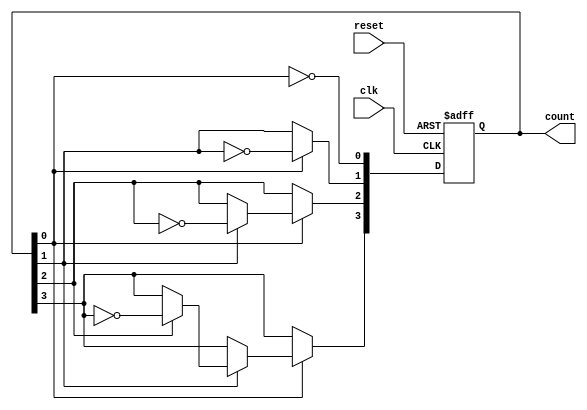
module async_ripple_counter (
    input wire clk,          // Clock signal to trigger counting
    input wire reset,        // Asynchronous reset signal
    output reg [N-1:0] count // Output count value (N-bit)
);
    parameter N = 4; // Number of bits in the counter (can be adjusted)

    // Always block for the asynchronous reset and counting
    always @(posedge clk or posedge reset) begin
        if (reset) begin
            count <= 0; // Reset the counter to 0
        end else begin
            // Ripple counting logic
            count[0] <= ~count[0]; // Toggle the least significant bit
            if (count[0]) begin
                count[1] <= ~count[1]; // Toggle the second bit on the rising edge of the first bit
                if (count[1]) begin
                    count[2] <= ~count[2]; // Toggle the third bit
                    if (count[2]) begin
                        count[3] <= ~count[3]; // Toggle the fourth bit
                        // Add more bits if N > 4
                    end
                end
            end
        end
    end
endmodule